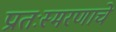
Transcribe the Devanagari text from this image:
प्रातःस्मरणाचे